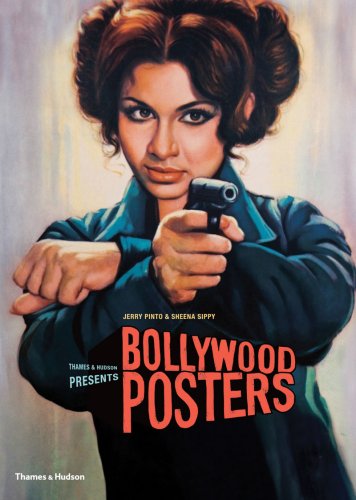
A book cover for Bollywood Posters; Jeremy Pinto; Arts & Photography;